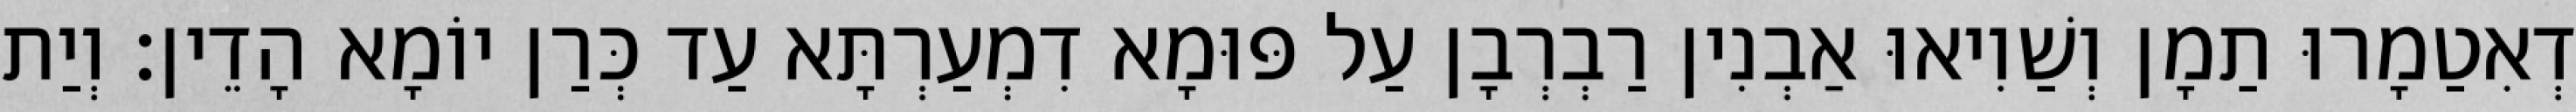
דְאִטַמָרוּ תַמָן וְשַׁוִיאוּ אַבְנִין רַבְרְבָן עַל פּוּמָא דִמְעַרְתָּא עַד כְּרַן יוֹמָא הָדֵין׃ וְיַת